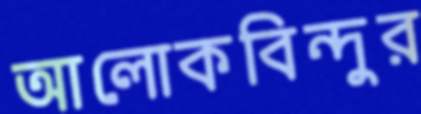
আলোকবিন্দুর